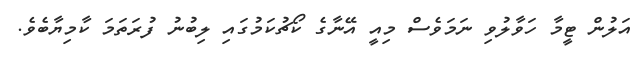
އަލުން ޓީމާ ހަވާލުވި ނަމަވެސް މިއީ އޭނާގެ ކޯޗުކަމުގައި ލިބުނު ފުރަތަމަ ކާމިޔާބެވެ.